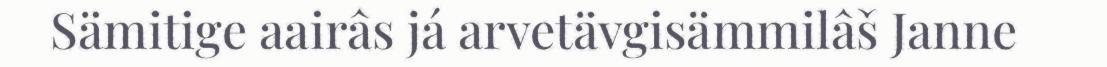
Sämitige aairâs já arvetävgisämmilâš Janne